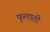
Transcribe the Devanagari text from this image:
फुलाती